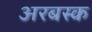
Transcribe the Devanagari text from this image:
अरबस्क